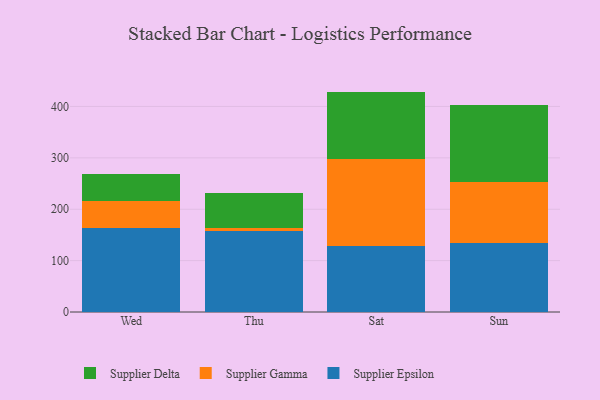
{"axis": {"x": "Day", "y": "Headcount"}, "legend": ["Supplier Delta", "Supplier Epsilon", "Supplier Gamma"], "data": [{"x": "Wed", "y": 163.2, "type": "Supplier Epsilon"}, {"x": "Wed", "y": 51.9, "type": "Supplier Gamma"}, {"x": "Wed", "y": 52.9, "type": "Supplier Delta"}, {"x": "Thu", "y": 157.0, "type": "Supplier Epsilon"}, {"x": "Thu", "y": 6.7, "type": "Supplier Gamma"}, {"x": "Thu", "y": 67.8, "type": "Supplier Delta"}, {"x": "Sat", "y": 129.3, "type": "Supplier Epsilon"}, {"x": "Sat", "y": 169.3, "type": "Supplier Gamma"}, {"x": "Sat", "y": 130.3, "type": "Supplier Delta"}, {"x": "Sun", "y": 134.3, "type": "Supplier Epsilon"}, {"x": "Sun", "y": 117.9, "type": "Supplier Gamma"}, {"x": "Sun", "y": 151.2, "type": "Supplier Delta"}]}